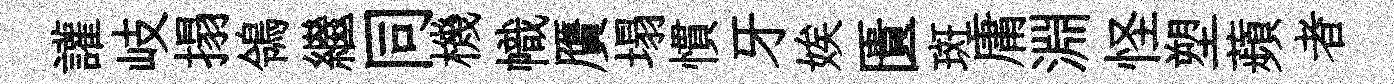
讙岐搨鴒繼同機幟贋塌慣牙娭匱斑庸淵怪塑蘋者